Statistics compiled by the Government of India from the reports of provincial Civil Veterinary Departments
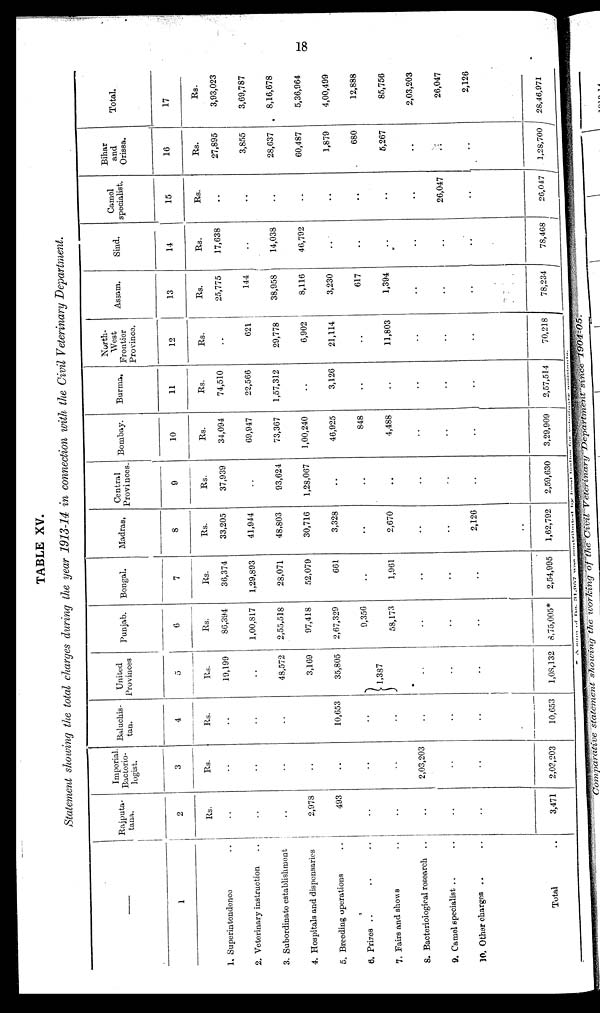
18
TABLE XV.
Statement showing the total charges during the year 1913-14 in connection with the Civil Veterinary Department.
—
1
1. Superintendence ..
2. Veterinary instruction
..
3. Subordinate establishment
4. Hospitals and dispensaries
5. Breeding operations ..
6. Prizes .. .. .. ..
7.Fairs and shows ..
8. Bacteriological research ..
9. Camel specialist .. ..
10. Other charges .. ..
Total ..
Rajputa-
tana.
2
Rs
..
..
..
2,978
493
..
..
..
..
..
3,471
Imperial.
Bacterio-
logist.
3
Rs.
..
..
..
..
..
..
..
2,03,203
..
..
2,03,203
Baluchis-
tan.
4
Rs.
..
..
..
..
10,653
..
..
..
..
..
10,653
United
Provinces
5
Rs.
19,199
..
48,572
3,169
35,805
1,387
..
..
..
1,08,132
Punjab.
6
Rs.
86,394
1,00,817
2,55,518
97,418
2,67,329
9,356
58,173
..
..
..
8,75,005*
Bengal.
7
Rs.
36,374
1,29,893
28,071
52,079
661
..
1,961
..
..
..
2,54,995
Madras.
8
Rs.
33,205
41,944
48,803
30,716
3,328
..
2,670
..
..
2,126
1,62,792
Central
Provinces.
9
Rs.
37,939
..
93,624
1,28,067
..
..
..
..
..
..
2,59,630
Bombay.
10
Rs.
34,094
69,947
73,367
1,00,240
46,925
848
4,488
..
..
..
3,29,909
Burma.
11
Rs.
74,510
22,566
1,57,312
..
3,126
..
..
..
..
..
2,57,514
North-
West
Frontier
Province.
12
Rs.
..
621
29,778
6,902
21,114
..
11,803
..
..
..
70,218
Assam.
13
Rs.
25,775
144
38,958
8,116
3,230
617
1,394
..
..
..
78,234
Sind.
14
Rs.
17,638
..
14,038
46,792
..
..
..
..
..
..
78,468
Camel
specialist.
15
Rs.
..
..
..
..
..
..
..
..
26,047
..
26,047
Bihar
and
Orissa.
16
Rs.
27,895
3,855
28,637
60,487
1,879
680
5,267
..
...
..
1,28,700
Total.
17
Rs.
3,93,023
3,69,787
8,16,678
5,36,964
4,00,499
12,888
85,756
2,03,203
26,047
2,126
28,46,971
* A num of for, 31,957 was contributed by Indian for Veterinary Department.
Comparative statement showing the working the
of the Civil Veterinary
Department
since
1904-05.